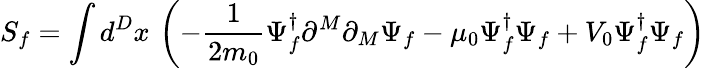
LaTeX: S_{f}=\int d^{D}x\, \left(-\frac{1}{2m_{0}}\Psi_{f}^{\dagger}\partial^{M}\partial_{M}\Psi_{f}-\mu_{0}\Psi_{f}^{\dagger}\Psi_{f}+V_{0}\Psi_{f}^{\dagger}\Psi_{f}\right)